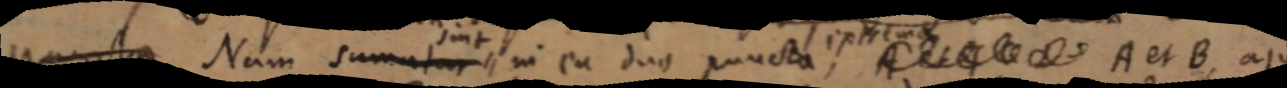
puncta Num sumatur in ea duo puncta, _ A et B, aju